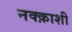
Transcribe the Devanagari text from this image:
नक्क़ाशी